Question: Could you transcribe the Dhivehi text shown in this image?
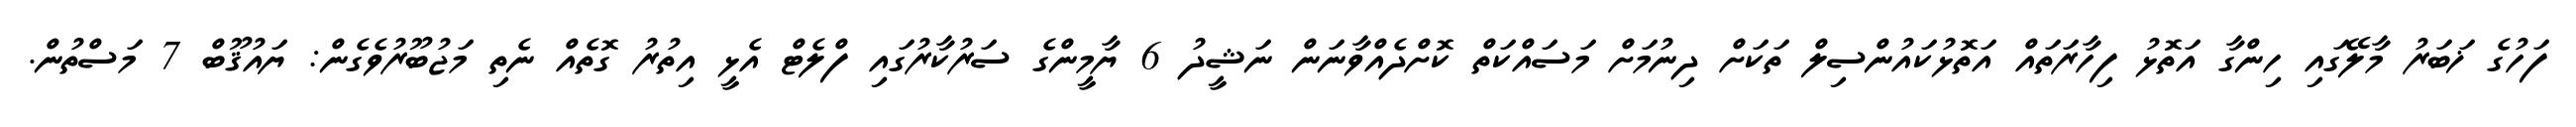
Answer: ފަހުގެ ޚަބަރު މާލޭގައި ހިންގާ އަތޮޅު ފިހާރަތައް އަތޮޅުކައުންސިލް ތަކަށް ދިނުމަށް މަސައްކަތް ކޮށްދެއްވާނަން ނަޝީދު 6 ޔާމީންގެ ސަރުކާރުގައި ފްލެޓް އެޅީ އިތުރު ގޮތެއް ނެތި މަޖުބޫރުވެގެން: ޔައުޤޫބް 7 މަސްތުން.